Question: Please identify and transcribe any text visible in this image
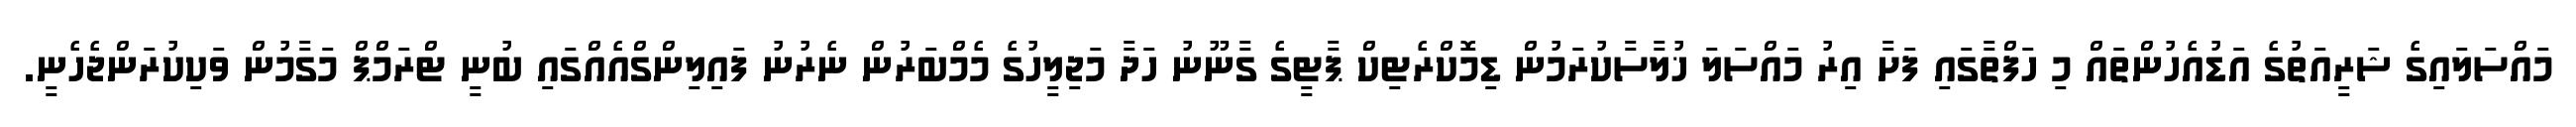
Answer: މައްސަލައިގެ ޝަރީއަތުގެ އަޑުއެހުންތައް މި ހަފްތާގައި ފަށާ އިރު މައްސަލަ ޚުލާސާކުރަމުން ޑިމޮކްރެޓިކް ޕާޓީގެ ގާނޫނު ހަދާ މަޖިލީހުގެ މެމްބަރުން ނެރުނު ފައިލިންގްއެއްގައި ބުނީ ޓްރަމްޕް މަގާމުން ވަކިކުރަންޖެހެނީ.